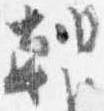
朝